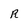
Character: R